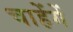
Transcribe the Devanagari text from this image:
चाहेंगें